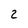
Character: 2